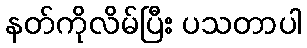
နတ်ကိုလိမ်ပြီး ပသတာပါ